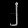
Digit: ၂